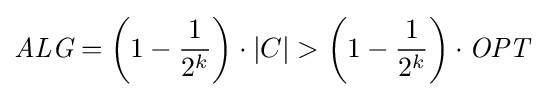
{\textit {ALG}}=\left(1-{\frac {1}{2^{k}}}\right)\cdot |C|>\left(1-{\frac {1}{2^{k}}}\right)\cdot {\textit {OPT}}